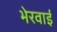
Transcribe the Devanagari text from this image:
भेरवाई